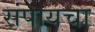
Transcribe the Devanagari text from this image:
संपायचा